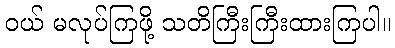
ဝယ် မလုပ်ကြဖို့ သတိကြီးကြီးထားကြပါ။